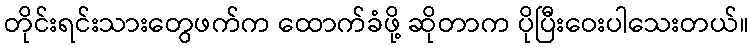
တိုင်းရင်းသားတွေဖက်က ထောက်ခံဖို့ ဆိုတာက ပိုပြီးဝေးပါသေးတယ်။